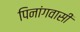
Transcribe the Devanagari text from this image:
पिनांगवासी